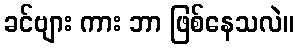
ခင်ဗျား ကား ဘာ ဖြစ်နေသလဲ။